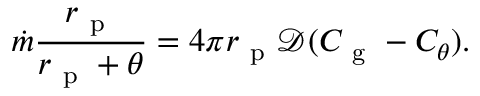
\dot { m } \frac { r _ { \mathrm { ~ p ~ } } } { r _ { \mathrm { ~ p ~ } } + \theta } = 4 \pi r _ { \mathrm { ~ p ~ } } \mathcal { D } ( C _ { \mathrm { ~ g ~ } } - C _ { \theta } ) .